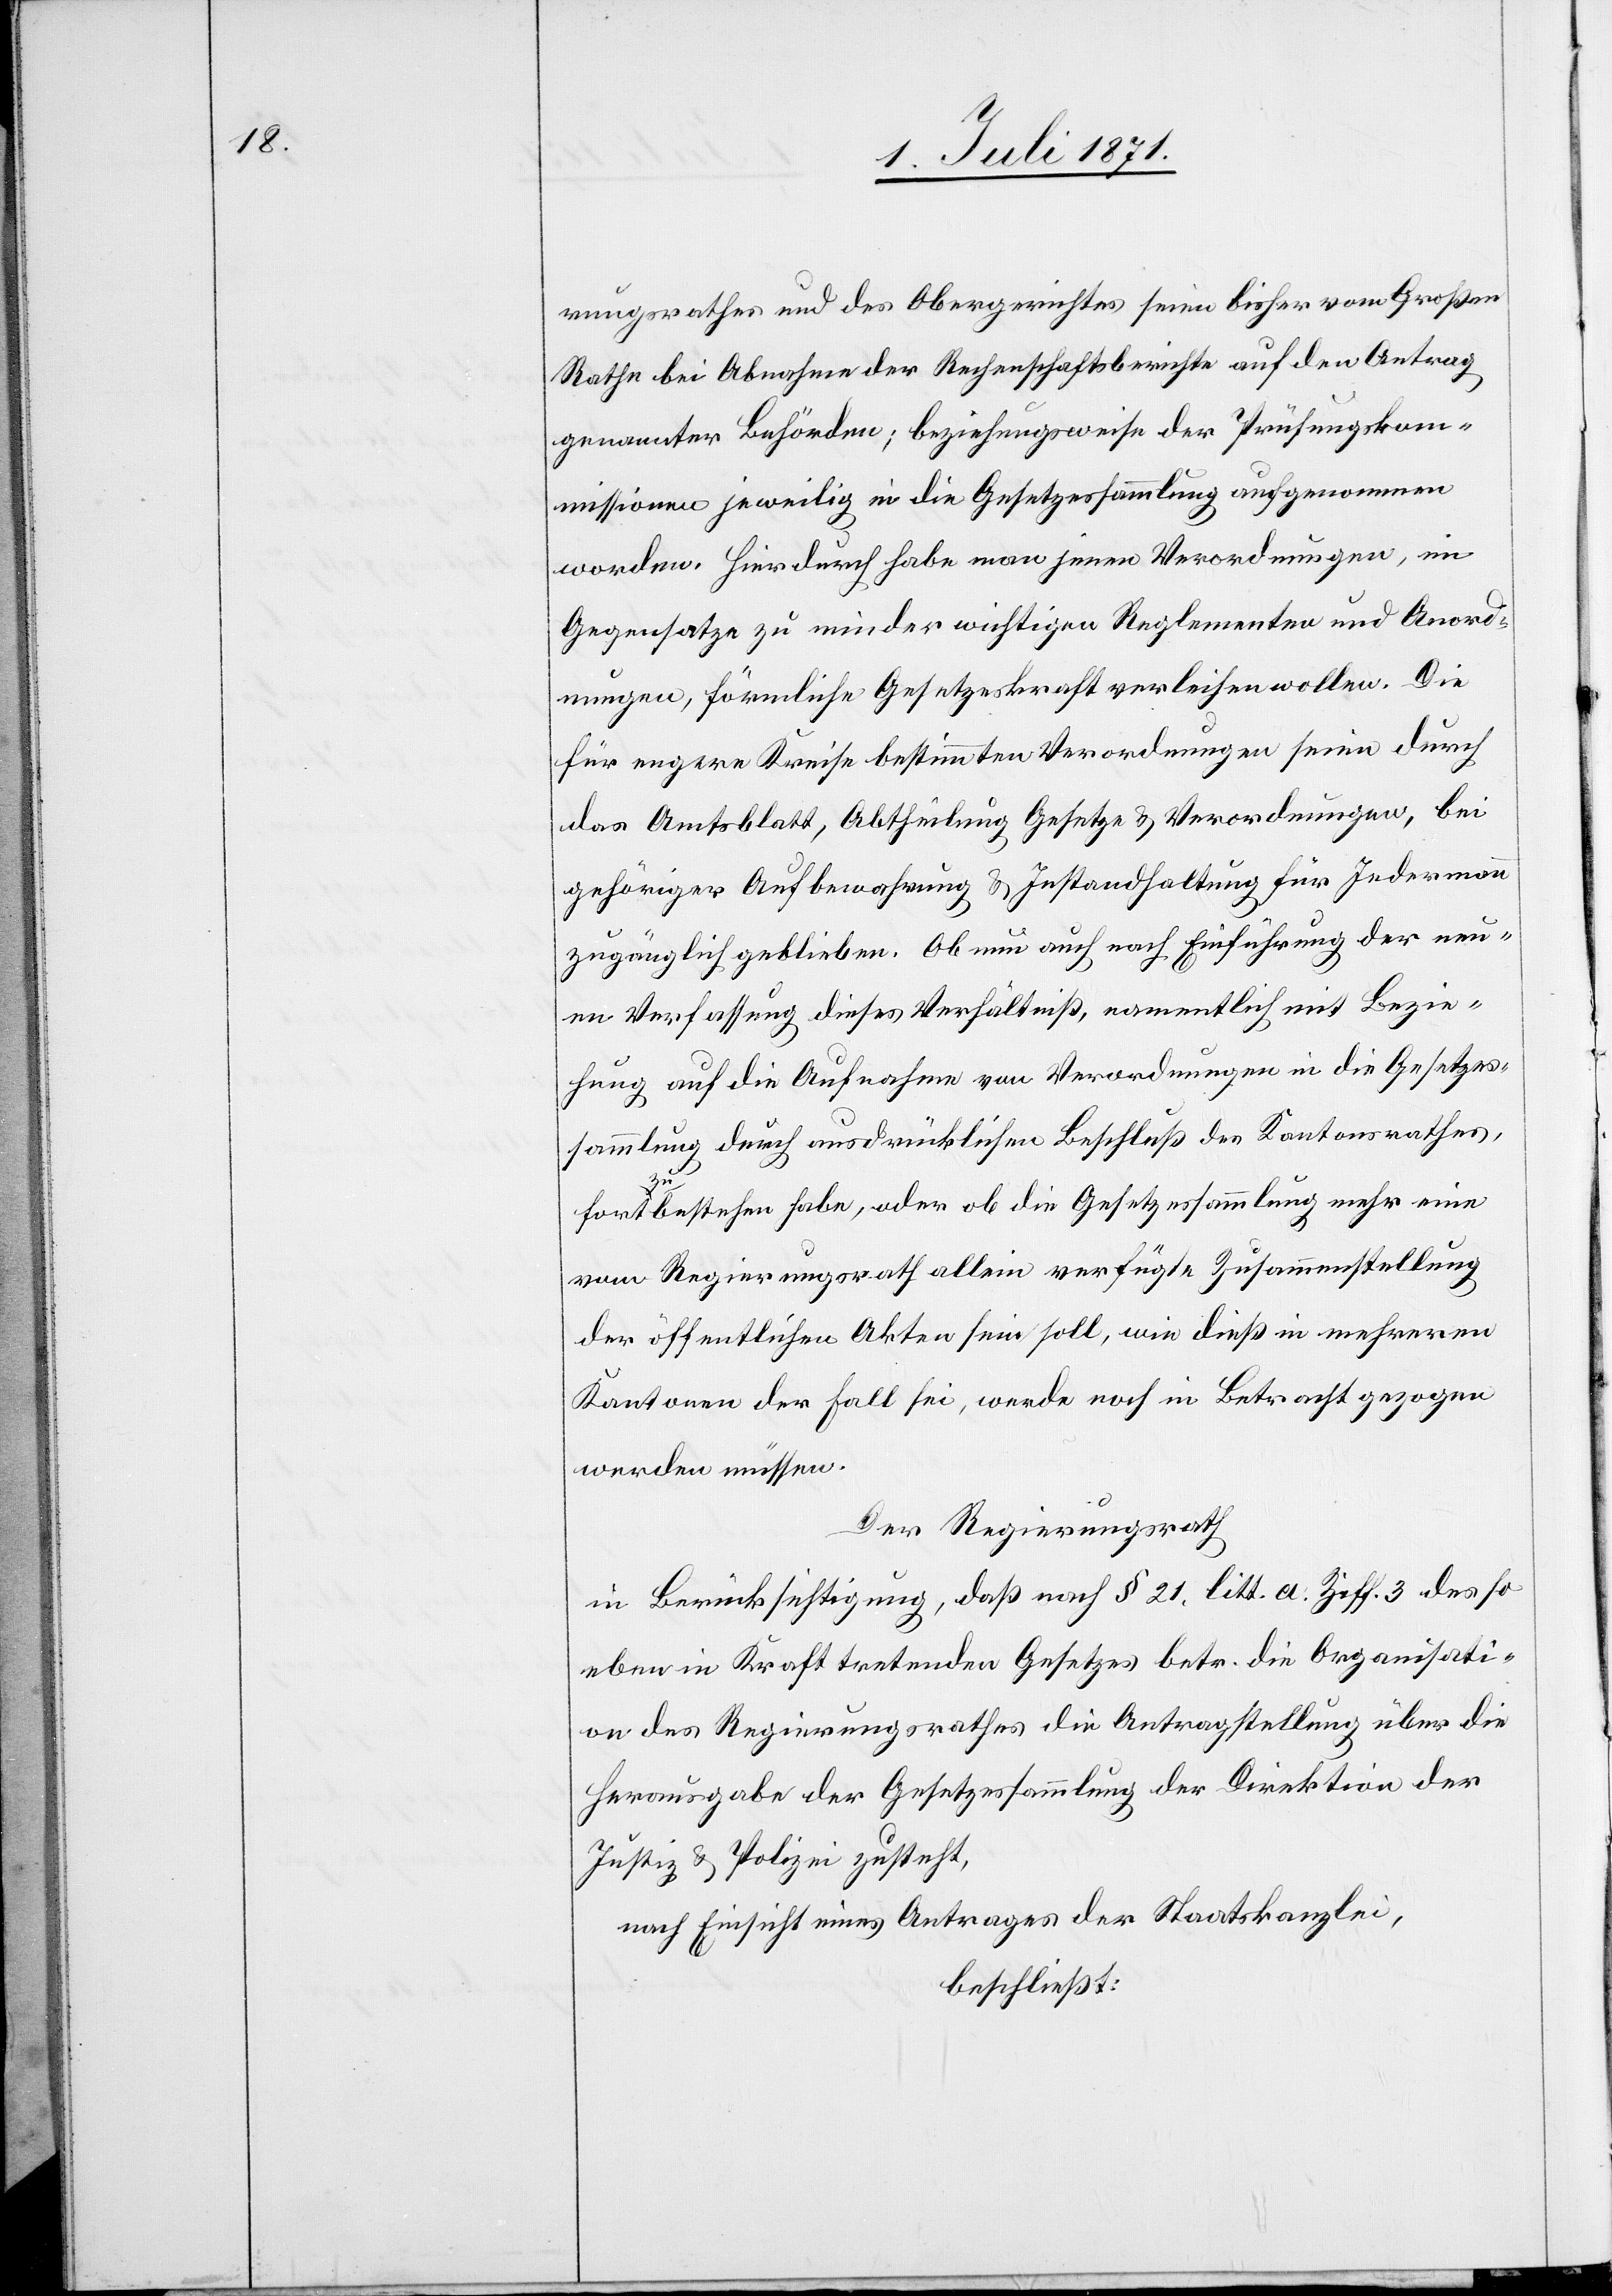
rungsrathes und des Obergerichtes seien bisher vom Großen
Rathe bei Abnahme der Rechenschaftsberichte auf den Antrag
genannter Behörden; beziehungsweise der Prüfungskom¬
missionen jeweilig in die Gesetzessammlung aufgenommen
worden. Hierdurch habe man jenen Verordnungen, im
Gegensatze zu minder wichtigen Reglementen und Anord¬
nungen, förmliche Gesetzeskraft verleihen wollen. Die
für engere Kreise bestimmten Verordnungen seien durch
das Amtsblatt, Abtheilung Gesetze u. Verordnungen, bei
gehöriger Aufbewahrung u. Instandhaltung für Jedermann
zugänglich geblieben. Ob nun auch nach Einführung der neu¬
en Verfassung dieses Verhältniß, namentlich mit Bezie¬
hung auf die Aufnahme von Verordnungen in die Gesetzes¬
sammlung durch ausdrücklichen Beschluß des Kantonsrathes,
fortzubestehen habe, oder ob die Gesetzessammlung mehr eine
vom Regierungsrath allein verfügte Zusammenstellung
der öffentlichen Akten sein soll, wie dieß in mehreren
Kantonen der Fall sei, werde noch in Betracht gezogen
werden müssen.
Der Regierungsrath
in Berücksichtigung, daß nach § 21. litt. a. Ziff. 3 des so
eben in Kraft tretenden Gesetzes betr. die Organisati¬
on des Regierungsrathes die Antragstellung über die
Herausgabe der Gesetzessammlung der Direktion der
Justiz u. Polizei zusteht,
nach Einsicht eines Antrages der Staatskanzlei,
beschließt: